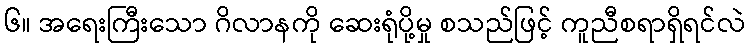
၆။ အရေးကြီးသော ဂိလာနကို ဆေးရုံပို့မှု စသည်ဖြင့် ကူညီစရာရှိရင်လဲ